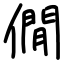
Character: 僩